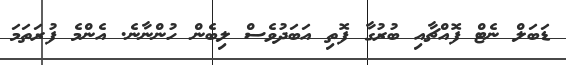
ޑަބަލް ނެޓް ފޮއްޗާއި ބުރުގާ ފޮތި އަބަދުވެސް ލިބެން ހުންނާނެ. އެންމެ ފުރަތަމަ